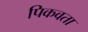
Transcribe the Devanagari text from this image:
पिकवता